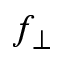
f _ { \perp }